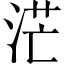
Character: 𱦡